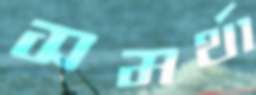
সমর্থা